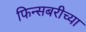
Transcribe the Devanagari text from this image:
फिन्सबरीच्या